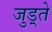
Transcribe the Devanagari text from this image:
जुड़्ते